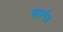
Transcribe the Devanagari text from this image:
आरगैड